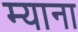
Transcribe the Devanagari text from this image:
म्याना